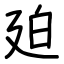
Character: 廹